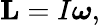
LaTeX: \mathbf{L}=I{\boldsymbol{\omega}},